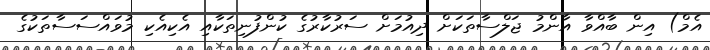
އެމް) އިން ބާއްވާ އާންމު ޖަލްސާތަކަށް ދިއުމަށް ސަރުކާރުގެ ކުންފުނިތަކާއި އެކިއެކި މުވައްސަސާތަކުގެ